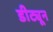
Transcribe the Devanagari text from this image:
डीट्यून